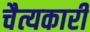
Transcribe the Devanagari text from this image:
चैत्यकारी